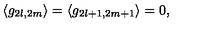
\langle g _ { 2 l , 2 m } \rangle = \langle g _ { 2 l + 1 , 2 m + 1 } \rangle = 0 ,